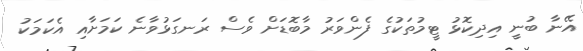
އޭނާ ބުނީ އިދިކޮޅު ޓީމުތަކުގެ ފެންވަރު މާބޮޑަށް ވެސް ރަނގަޅުވާނެ ކަމަށާއި އެކަމަކު